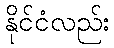
နိုင်ငံလည်း